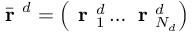
\bar { \textbf { r } } ^ { d } = \left( \textbf { r } _ { 1 } ^ { d } \ldots \textbf { r } _ { N _ { d } } ^ { d } \right)